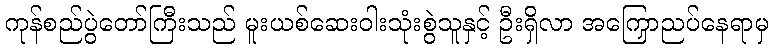
ကုန်စည်ပွဲတော်ကြီးသည် မူးယစ်ဆေးဝါးသုံးစွဲသူနှင့် ဦးရှိလာ အကြောညှပ်နေရာမှ